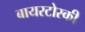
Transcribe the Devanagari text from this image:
बायरटोस्की